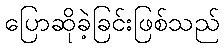
ပြောဆိုခဲ့ခြင်းဖြစ်သည်